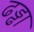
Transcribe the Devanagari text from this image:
ढड्ढा